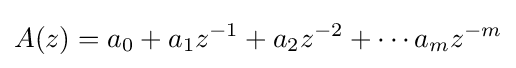
A(z)=a_{0}+a_{1}z^{-1}+a_{2}z^{-2}+\cdots a_{m}z^{-m}